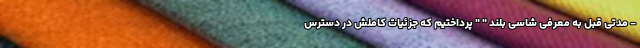
- مدتی قبل به معرفی شاسی بلند " " پرداختیم که جزئیات کاملش در دسترس